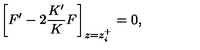
\bigg [ F ^ { \prime } - 2 \frac { K ^ { \prime } } { K } F \bigg ] _ { z = z _ { i } ^ { + } } = 0 ,